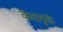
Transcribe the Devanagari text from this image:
कंदमूळे